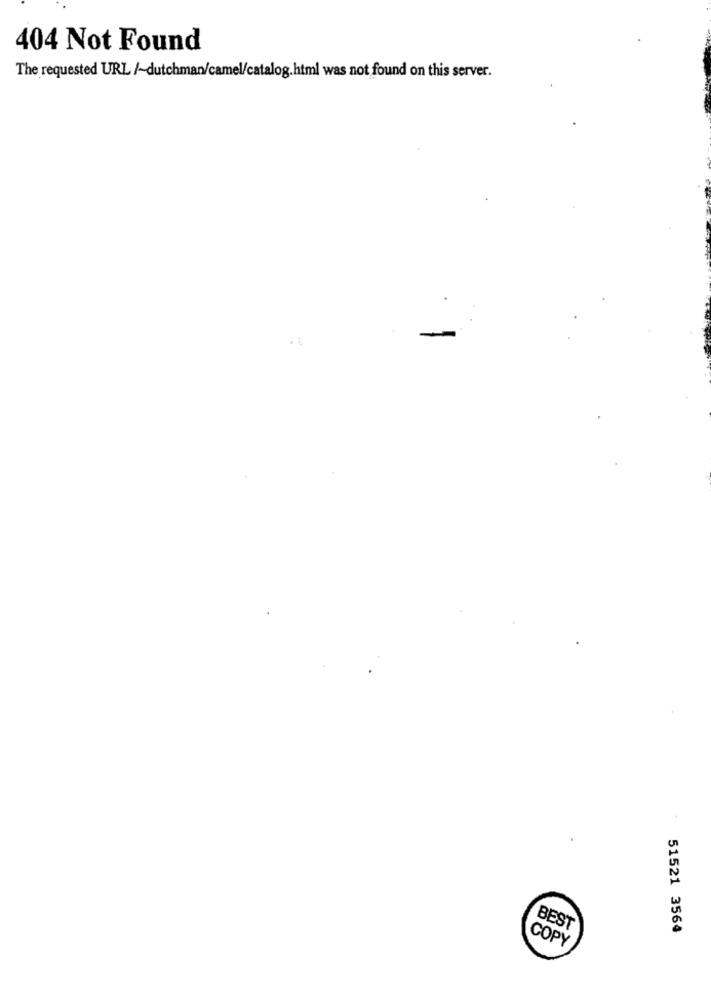
404 Not Found
The requested URL /~dutchman/camel/catalog.html was not found on this server.
BEST
51521 3564
COPY